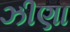
ઝીણા